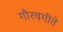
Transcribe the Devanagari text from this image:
गौरवगीते